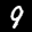
Label: 9